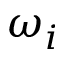
\omega _ { i }